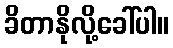
ခိတာနိုလို့ခေါ်ပါ။